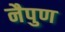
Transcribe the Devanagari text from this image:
नैपुण